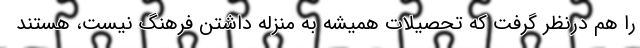
را هم درنظر گرفت که تحصیلات همیشه به منزله داشتن فرهنگ نیست، هستند